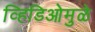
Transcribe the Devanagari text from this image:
व्हिडिओमुळे